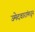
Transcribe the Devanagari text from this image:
उमेदवारांमधून